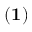
{ \bf ( 1 ) }